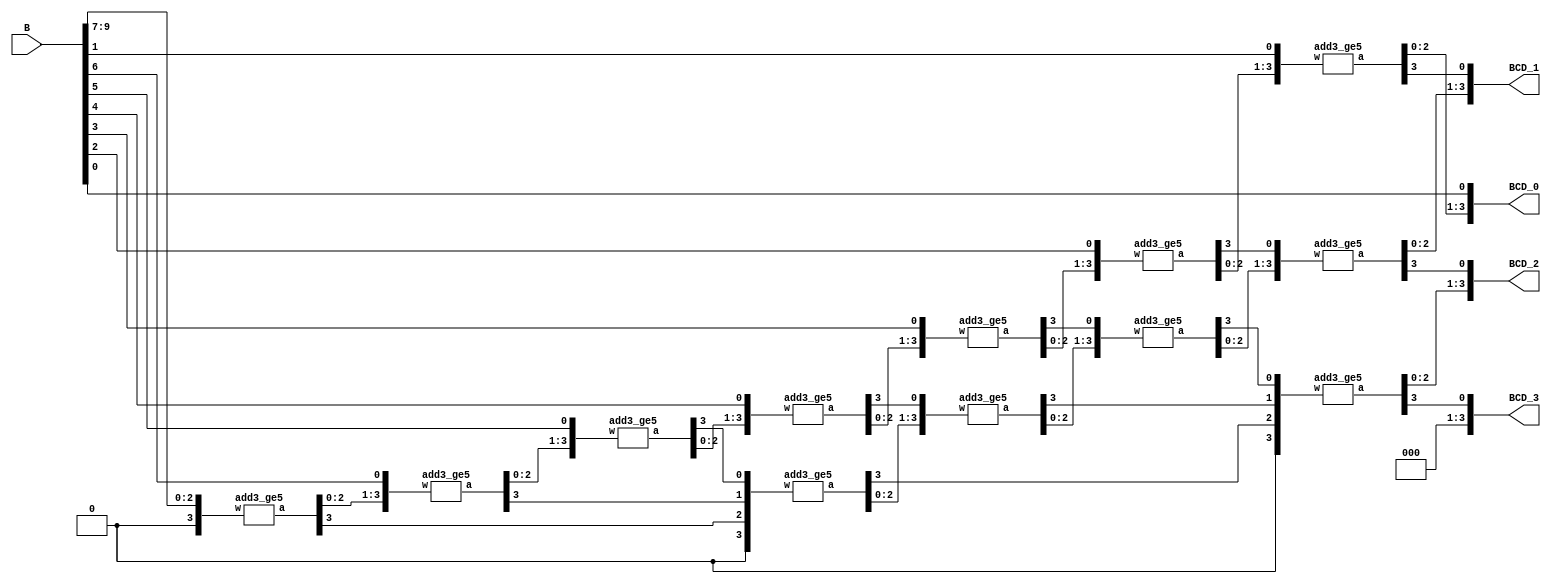
module bin2bcd10 (B, BCD_0, BCD_1, BCD_2, BCD_3);

	input [9:0] B;
	output [3:0] BCD_0, BCD_1, BCD_2, BCD_3;
	
	wire [3:0] w1, w2, w3, w4, w5, w6, w7, w8, w9, w10, w11, w12;
	wire [3:0] a1, a2, a3, a4, a5, a6, a7, a8, a9, a10, a11, a12;
	
	// instantiate the tree
	add3_ge5 A1 (w1, a1);
	add3_ge5 A2 (w2, a2);
	add3_ge5 A3 (w3, a3);
	add3_ge5 A4 (w4, a4);
	add3_ge5 A5 (w5, a5);
	add3_ge5 A6 (w6, a6);
	add3_ge5 A7 (w7, a7);
	add3_ge5 A8 (w8, a8);
	add3_ge5 A9 (w9, a9);
	add3_ge5 A10 (w10, a10);
	add3_ge5 A11 (w11, a11);
	add3_ge5 A12 (w12, a12);
	
	// wire the tree
	assign w1 = {1'b0, B[9:7]};
	assign w2 = {a1[2:0], B[6]};
	assign w3 = {a2[2:0], B[5]};
	assign w4 = {1'b0, a1[3], a2[3], a3[3]};
	assign w5 = {a3[2:0], B[4]};
	assign w6 = {a4[2:0], a5[3]};
	assign w7 = {a5[2:0], B[3]};
	assign w8 = {a6[2:0], a7[3]};
	assign w9 = {a7[2:0], B[2]};
	assign w10 = {1'b0, a4[3], a6[3], a8[3]};
	assign w11 = {a8[2:0], a9[3]};
	assign w12 = {a9[2:0], B[1]};
	
	// connect BCD digit out
	assign BCD_0 = {a12[2:0], B[0]};
	assign BCD_1 = {a11[2:0], a12[3]};
	assign BCD_2 = {a10[2:0], a11[3]};
	assign BCD_3 = {3'b0, a10[3]};

endmodule


// *********************************************

module add3_ge5 (w, a);
	input [3:0] w;
	output [3:0] a;
	
	assign a = (w >= 5) ? w + 3 : w;
endmodule